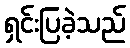
ရှင်းပြခဲ့သည်